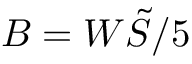
B = W \tilde { S } / 5